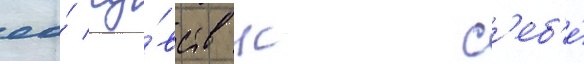
ео́ чу́вств к с'еб'е́